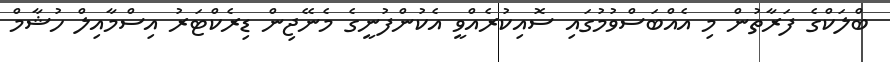
ބްލަކްގެ ފަރާތުން މި އެއްބަސްވުމުގައި ސޮއިކުރެއްވީ އެކުންފުނީގެ މެނޭޖިން ޑިރެކްޓަރު އިސްމާއިލް ހުޝާމް